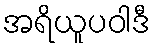
အရိယူပဝါဒီ